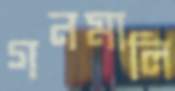
গনমালি